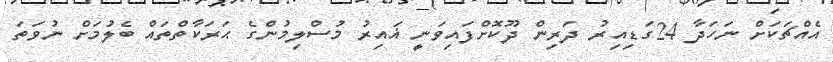
އެއްޗަކަށް ނަހަދާ 24ގަޑިއިރު ދަރިން ދޫކޮށްފައިވަނީ ޣައިރު މުސްލިމުންގެ ޙަރަކާތްތައް ބެލުމަށް ނުވަތަ